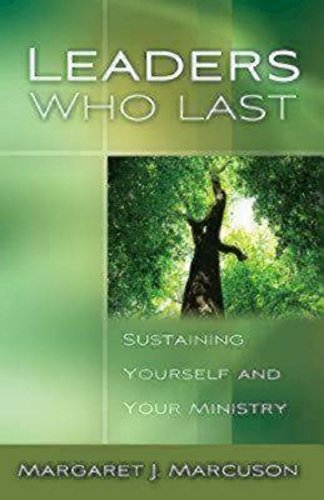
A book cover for Leaders Who Last: Sustaining Yourself and Your Ministry; Margaret J. Marcuson; Christian Books & Bibles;